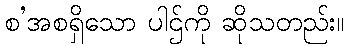
စ’အစရှိသော ပါဌ်ကို ဆိုသတည်း။